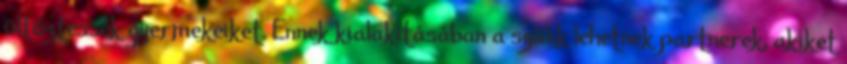
öltöztessék gyermekeiket. Ennek kialakításában a szülık lehetnek partnerek, akiket